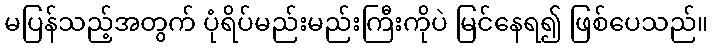
မပြန်သည့်အတွက် ပုံရိပ်မည်းမည်းကြီးကိုပဲ မြင်နေရ၍ ဖြစ်ပေသည်။